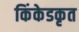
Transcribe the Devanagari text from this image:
किंकेडकृत